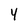
Character: 4